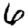
Digit: 6